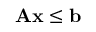
\mathbf { A } \mathbf { x } \leq \mathbf { b }